Vaccination in Bombay 1869-1873 - 1869-1873
Year: 1869
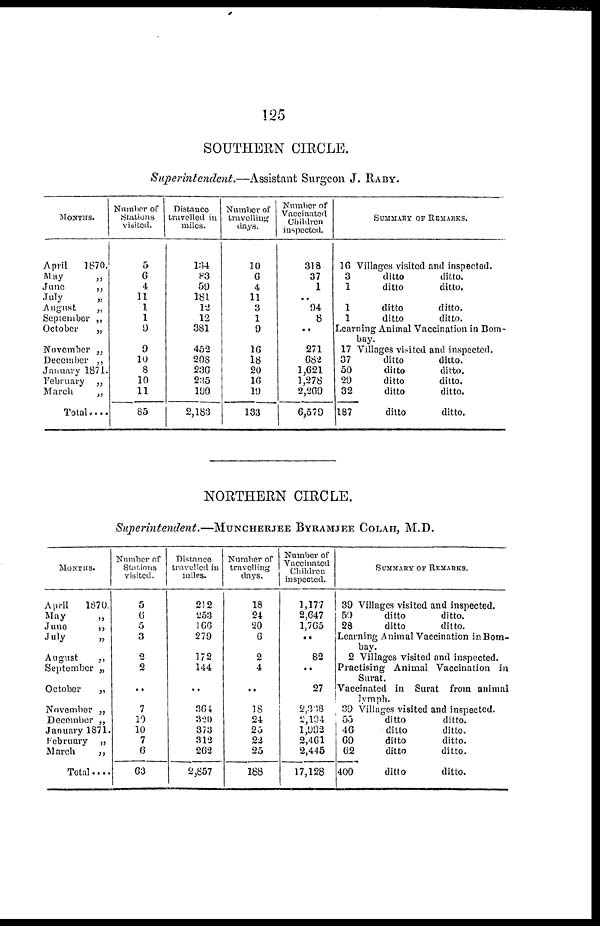
125
SOUTHERN CIRCLE.
Superintendent.—Assistant Surgeon J. RABY.
MONTHS.
April
1870.
May
„
June
„
July
„
August
„
September „
October
„
November „
December „
January 1871.
February
„
March
„
Total....
Number of
Stations
visited.
5
6
4
11
1
1
9
9
10
8
10
11
85
Distance
travelled in
miles.
134
83
59
181
12
12
381
452
208
236
235
190
2,183
Number of
travelling
days.
10
6
4
11
3
1
9
16
18
20
16
19
133
Number of
Vaccinated
Children
inspected.
318
37
1
..
94
8
..
271
682
1,621
1,278
2,269
6,579
SUMMARY OF REMARKS.
16 Villages visited and inspected.
3
ditto
ditto.
1
ditto
ditto.
1
ditto
ditto.
1
ditto
ditto.
Learning Animal Vaccination in Bom-
bay.
17 Villages visited and inspected.
37
ditto
ditto.
50
ditto
ditto.
29
ditto
ditto.
32
ditto
ditto.
187
ditto
ditto.
NORTHERN CIRCLE.
Superintendent.—MUNCHERJEE BYRAMJEE COLAH, M.D.
MONTHS.
April
1870.
May
„
June
„
July
„
August
„
September „
October
„
November „
December „
January 1871.
February
„
March
„
Total
Number of
Stations
visited.
5
6
5
3
2
2
..
7
10
10
7
6
63
Distance
travelled in
miles.
212
253
166
279
172
144
..
364
320
373
312
262
2,857
Number of
travelling
days.
18
24
20
6
2
4
..
18
24
25
22
25
188
Number of
Vaccinated
Children
inspected.
1,177
2,647
1,765
..
82
..
27
2,338
2,194
1,992
2,461
2,445
17,128
SUMMARY OF REMARKS.
39 Villages visited and inspected.
59
ditto
ditto.
28
ditto
ditto.
Learning Animal Vaccination in Bom¬
bay.
2 Villages visited and inspected.
Practising Animal Vaccination in
Surat.
Vaccinated in Surat from animal
lymph.
39 Villages visited and inspected.
55
ditto
ditto.
46
ditto
ditto.
69
ditto
ditto.
62
ditto
ditto.
400
ditto
ditto.